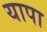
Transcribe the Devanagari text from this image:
यापा